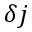
\delta \boldsymbol { j }